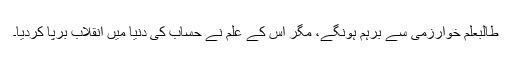
طالبعلم خوارزمی سے برہم ہونگے، مگر اس کے علم نے حساب کی دنیا میں انقلاب برپا کردیا۔